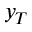
y _ { T }